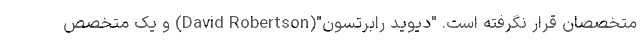
متخصصان قرار نگرفته است. "دیوید رابرتسون"(David Robertson) و یک متخصص